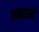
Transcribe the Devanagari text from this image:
प्रकारले